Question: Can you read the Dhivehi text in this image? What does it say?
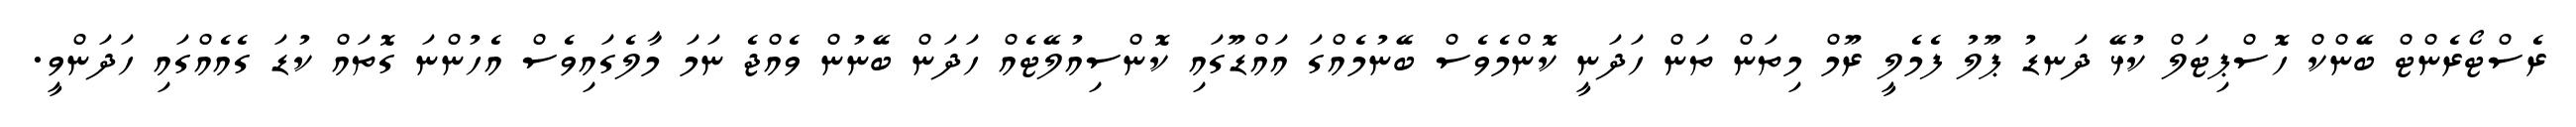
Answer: ރެސްޓޯރެންޓް ބޭންކް ހޮސްޕިޓަލް ކުޅޭ ދަނޑު ޕޫލު ފެމެލީ ރޫމް މިތަން ތަން ހަދަނީ ކޮންމެވެސް ބޭނުމެއްގަ އައްޑޫގައި ކޮންސިއުލޭޓެއް ހަދަން ބޭނުން ވެއްޖެ ނަމަ މާލެގައިވެސް އެހުންނަ ގޮތައް ކުޑަ ގެއެއްގައި ހަދަންވީ.